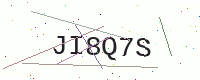
Text: JI8Q7S